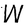
Character: W